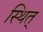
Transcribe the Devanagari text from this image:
स्थित्